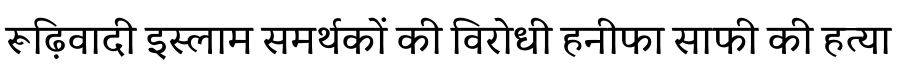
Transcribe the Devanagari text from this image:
रूढ़िवादी इस्लाम समर्थकों की विरोधी हनीफा साफी की हत्या